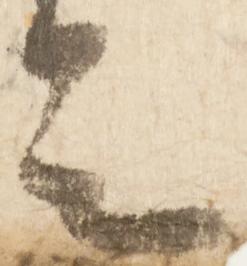
足